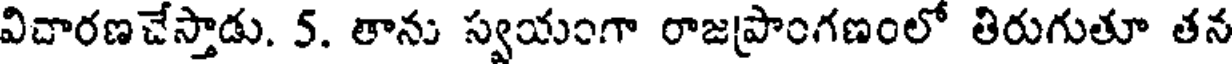
విచారణచేస్తాడు. 5. తాను స్వయంగా రాజప్రాంగణంలో తిరుగుతూ తన